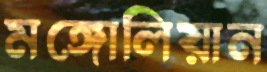
মঙ্গোলিয়ান